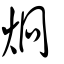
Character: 烱